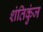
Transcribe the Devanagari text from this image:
शंतिकुंज